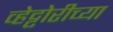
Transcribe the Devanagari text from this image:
व्हेट्टोरीच्या